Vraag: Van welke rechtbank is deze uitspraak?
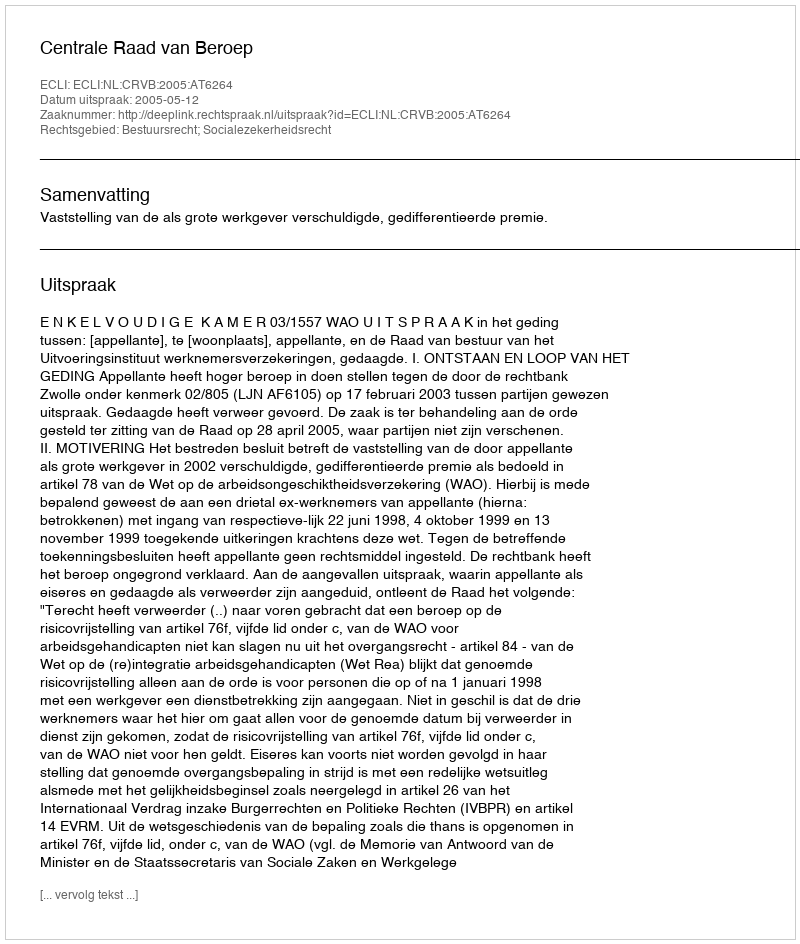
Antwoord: Centrale Raad van Beroep